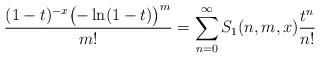
\begin{align*} \frac{(1-t)^{-x}\bigl(-\ln(1-t)\bigr)^m}{m!}=\sum_{n=0}^\infty S_1(n,m,x)\frac{t^n}{n!}\end{align*}